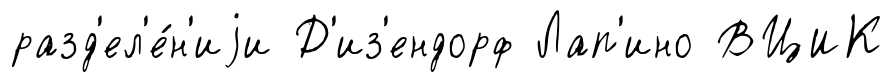
разд'ел'е́н'иjи Д'из'ендорф Лап'ино ВЦИК